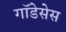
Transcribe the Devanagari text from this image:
गॉडेसेस